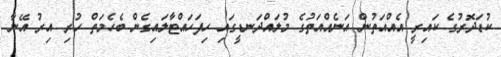
ކުޑަދޮރުގެ ކައިރީ އެއްއަތުން އަނެއްއަތުގެ މުލައްދަނޑީގައި ހިފަހައްޓާލައިގެން ބެހެމަތް ހުރި އިރު އޭނާ